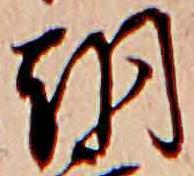
朝